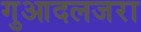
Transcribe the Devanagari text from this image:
गुआदलजरा